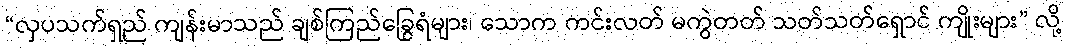
“လှပသက်ရှည် ကျန်းမာသည် ချစ်ကြည်ခြွေရံများ၊ သောက ကင်းလတ် မကွဲတတ် သတ်သတ်ရှောင် ကျိုးများ” လို့